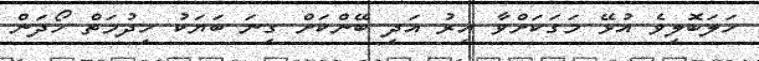
ހަލަބޮލިވެ އުޅޭ މަގަކަށްވާ އިރު އަދި ބޭންކަށް ގިނަ ބަޔަކު ހިދުމަތް ހޯދަން